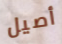
أصيل